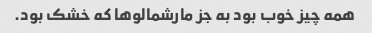
همه چیز خوب بود به جز مارشمالو‌ها که خشک بود.